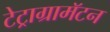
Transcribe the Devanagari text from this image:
टेट्राग्रामॅटन